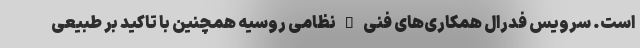
است. سرویس فدرال همکاری‌های فنی – نظامی روسیه همچنین با تاکید بر طبیعی